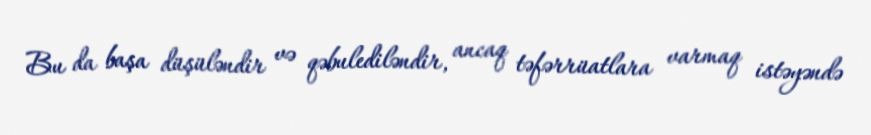
Bu da başa düşüləndir və qəbulediləndir, ancaq təfərrüatlara varmaq istəyəndə